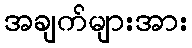
အချက်များအား